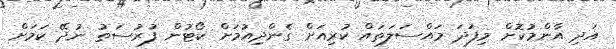
އަދި އާންމުކޮށް މިފަދަ މައްސަލަތައް ކުރިއަށް ގެންދިއުމަށް ކޯޓުން ފުރުސަތު ނުދޭ ކަމަށް